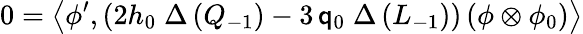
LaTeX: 0=\left\langle\phi^{\prime},\left(2h_{0}\; \Delta\, (Q_{-1})-3\, \mathsf{q}_{0}\; \Delta\, (L_{-1})\right)\left(\phi\otimes\phi_{0}\right)\right\rangle